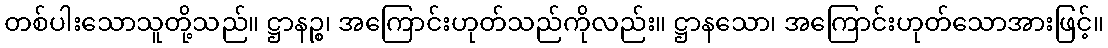
တစ်ပါးသောသူတို့သည်။ ဋ္ဌာနဉ္စ၊ အကြောင်းဟုတ်သည်ကိုလည်း။ ဋ္ဌာနသော၊ အကြောင်းဟုတ်သောအားဖြင့်။